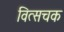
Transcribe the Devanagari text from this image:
वित्सचक